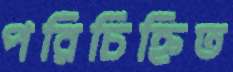
পরিচিহ্নিত